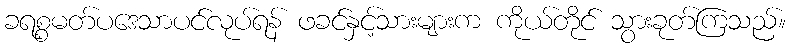
ခရစ္စမတ်ပဒေသာပင်လုပ်ရန် ဖခင်နှင့်သားများက ကိုယ်တိုင် သွားခုတ်ကြသည်။